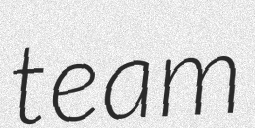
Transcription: team